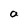
Character: a